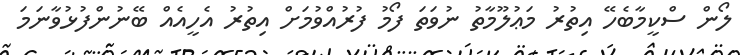
ލޯން ސްކީމާބެހޭ އިތުރު މަޢުލޫމާތު ނުވަތަ ފޯމު ފުރުއްވުމަށް އިތުރު އެހީއެއް ބޭނުންފުޅުވާނަމަ